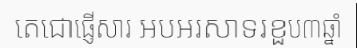
តេជោផ្ញើសារ អបអរសាទរខួប៣ឆ្នាំ